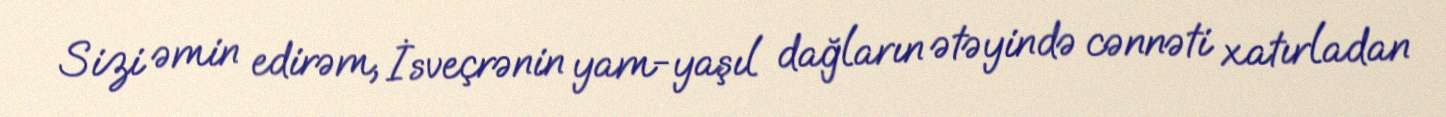
Sizi əmin edirəm, İsveçrənin yam-yaşıl dağların ətəyində cənnəti xatırladan